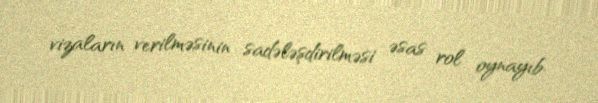
vizaların verilməsinin sadələşdirilməsi əsas rol oynayıb.